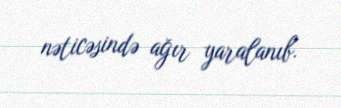
nəticəsində ağır yaralanıb.